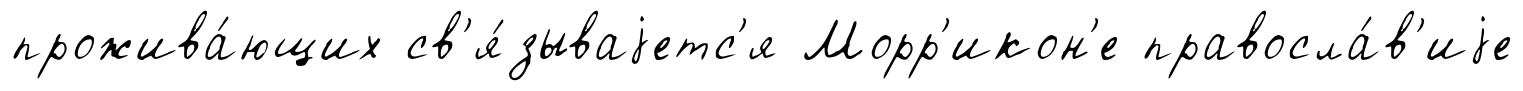
прожива́ющих св'я́зываjетс'я Морр'икон'е правосла́в'иjе